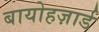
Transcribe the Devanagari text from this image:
बायोहज़ार्ड